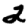
Digit: 2